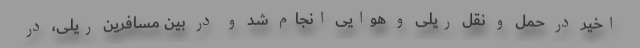
اخیر در حمل و نقل ریلی و هوایی انجام شد و در بین مسافرین ریلی، در